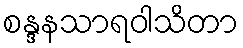
စန္ဒနသာရဝါသိတာ